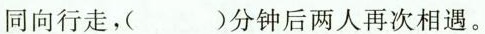
同向行走，( )分钟后两人再次相遇。